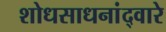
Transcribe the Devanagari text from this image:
शोधसाधनांद्वारे